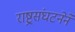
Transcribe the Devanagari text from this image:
राष्ट्रसंघटनेने